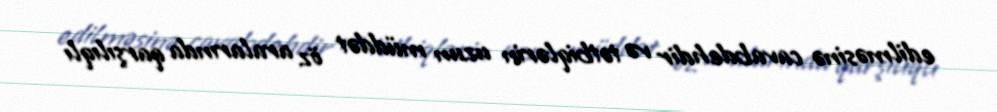
edilməsinə cavabdehdir və tətbiqlərin uzun müddət öz aralarında qarşılıqlı